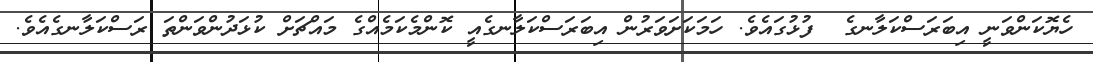
ހެޔޮކަންވަނީ އިބަރަސްކަލާނގެ  ފުޅުގައެވެ. ހަމަކަށަވަރުން އިބަރަސްކަލާނގެއީ ކޮންމެކަމެއްގެ މައްޗަށް ކުޅަދުންވަންތަ ރަސްކަލާނގެއެވެ.